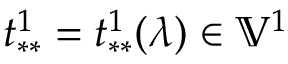
t _ { * * } ^ { 1 } = t _ { * * } ^ { 1 } ( \lambda ) \in \mathbb { V } ^ { 1 }